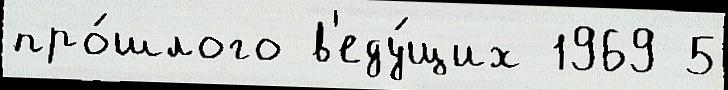
про́шлого в'еду́щих 1969 5